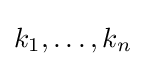
k_{1},\dots ,k_{n}